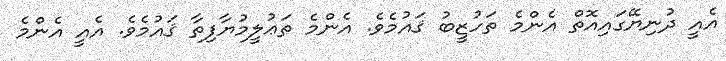
އެއީ ދުނިޔޭގައިއޮތް އެންމެ ތަހުޒީބު ޤައުމެވެ. އެންމެ ތަޢުލީމުޔާފިތާ ޤައުމެވެ. އެއީ އެންމެ